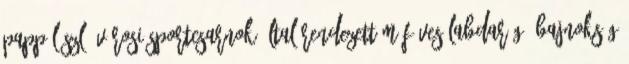
Papp László Városi Sportcsarnok által rendezett Műfüves Labdarúgó Bajnokság